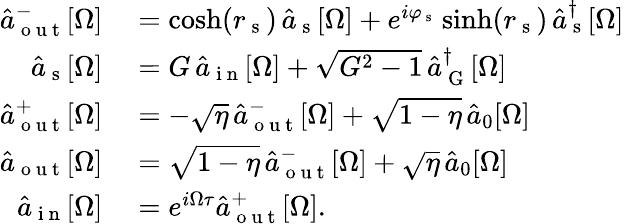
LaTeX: \begin{array}{rl}{\hat{a}_{\mathrm{~o~u~t~}}^{-}[\Omega]}&{{}=\cosh(r_{\mathrm{~s~}})\, \hat{a}_{\mathrm{~s~}}[\Omega]+e^{i\varphi_{\mathrm{~s~}}}\sinh(r_{\mathrm{~s~}})\, \hat{a}_{\mathrm{~s~}}^{\dagger}[\Omega]}\\ {\hat{a}_{\mathrm{~s~}}[\Omega]}&{{}=G\, \hat{a}_{\mathrm{~i~n~}}[\Omega]+\sqrt{G^{2}-1}\, \hat{a}_{\mathrm{~G~}}^{\dagger}[\Omega]}\\ {\hat{a}_{\mathrm{~o~u~t~}}^{+}[\Omega]}&{{}=-\sqrt{\eta}\, \hat{a}_{\mathrm{~o~u~t~}}^{-}[\Omega]+\sqrt{1-\eta}\, \hat{a}_{0}[\Omega]}\\ {\hat{a}_{\mathrm{~o~u~t~}}[\Omega]}&{{}=\sqrt{1-\eta}\, \hat{a}_{\mathrm{~o~u~t~}}^{-}[\Omega]+\sqrt{\eta}\, \hat{a}_{0}[\Omega]}\\ {\hat{a}_{\mathrm{~i~n~}}[\Omega]}&{{}=e^{i\Omega\tau}\hat{a}_{\mathrm{~o~u~t~}}^{+}[\Omega].}\end{array}